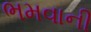
ભમવાની